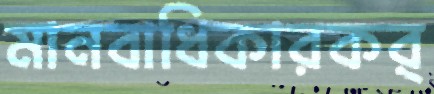
মানবাধিকারকর্